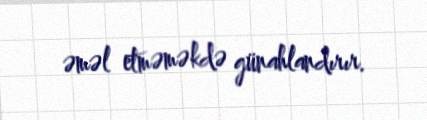
əməl etməməkdə günahlandırır.